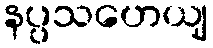
နပ္ပသဟေယျ